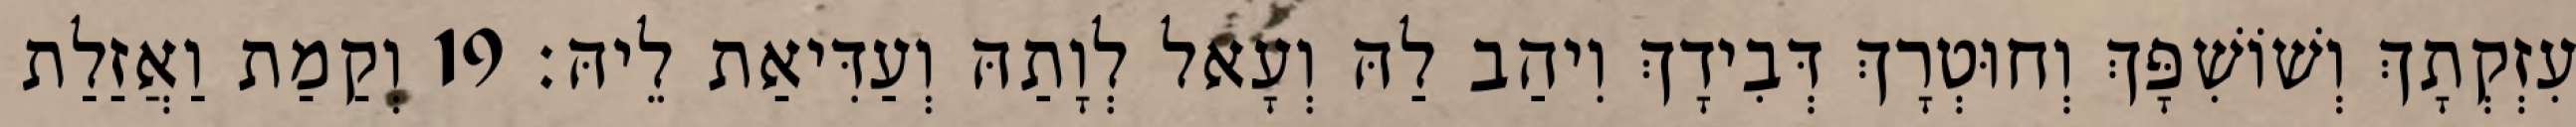
עִזְקְתָךְ וְשׁוֹשִׁפָּךְ וְחוּטְרָךְ דְּבִידָךְ וִיהַב לַהּ וְעָאל לְוָתַהּ וְעַדִּיאַת לֵיהּ׃ 19 וְקַמַת וַאֲזַלַת